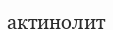
актинолит